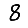
Digit: 8